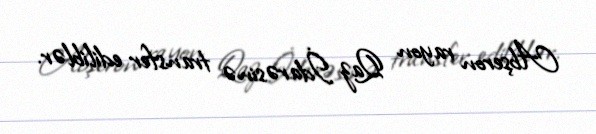
Abşeron rayon Qaz İdarəsinə transfer ediliblər.